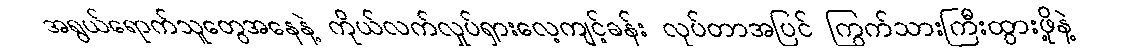
အရွယ်ရောက်သူတွေအနေနဲ့ ကိုယ်လက်လှုပ်ရှားလေ့ကျင့်ခန်း လုပ်တာအပြင် ကြွက်သားကြီးထွားဖို့နဲ့